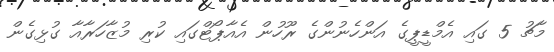
މާޗު 5 ގައި އެމްޑީޕީގެ އަންހެނުންގެ ރޫހުން އެއާޕޯޓްގައި ކުރި މުޒާހަރާއާ ގުޅިގެން